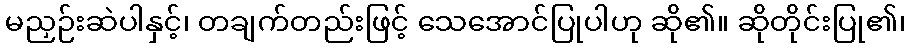
မညှဉ်းဆဲပါနှင့်၊ တချက်တည်းဖြင့် သေအောင်ပြုပါဟု ဆို၏။ ဆိုတိုင်းပြု၏၊